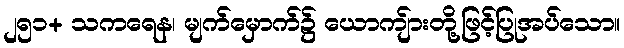
၂၅၁+ သကရေန၊ မျက်မှောက်၌ ယောကျ်ားတို့ဖြင့်ပြုအပ်သော။